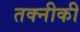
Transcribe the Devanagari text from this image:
तक्नीकी